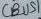
Text: CBUS1